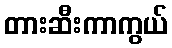
တားဆီးကာကွယ်